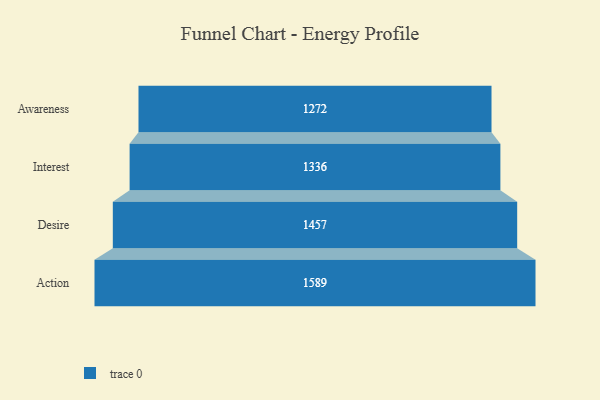
{"axis": {"x": "Stage", "y": "Value"}, "legend": [""], "data": [{"x": "Awareness", "y": 1272.0, "type": ""}, {"x": "Interest", "y": 1336.0, "type": ""}, {"x": "Desire", "y": 1457.0, "type": ""}, {"x": "Action", "y": 1589.0, "type": ""}]}